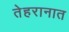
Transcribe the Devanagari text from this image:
तेहरानात